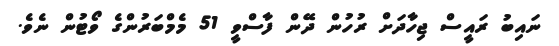
ނައިބު ރައީސް ޖިހާދަށް ރުހުން ދޭން ފާސްވީ 51 މެމްބަރުންގެ ވޯޓުން ނެވެ.